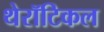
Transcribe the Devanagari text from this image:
थेरॉटिकल